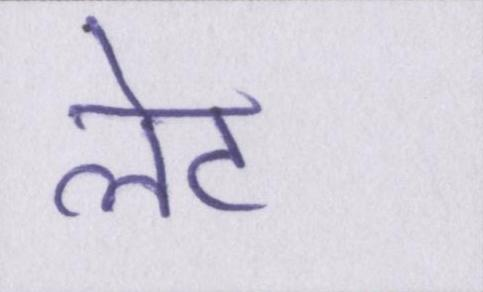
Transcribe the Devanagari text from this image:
लेट